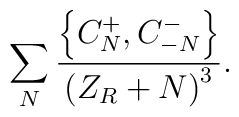
\sum_N {\left \{C_N^+, C_{-N}^-\right \} \over \left (Z_R+N \right )^3}.